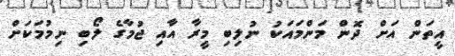
އީތަން އަށް ދޮން މަންމައަކު ނުލިބި މީރާ އާއި ޖުމާގެ ލޯބި ނިމުމަކަށް